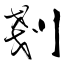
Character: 剗